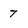
Character: 7